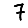
Digit: 7